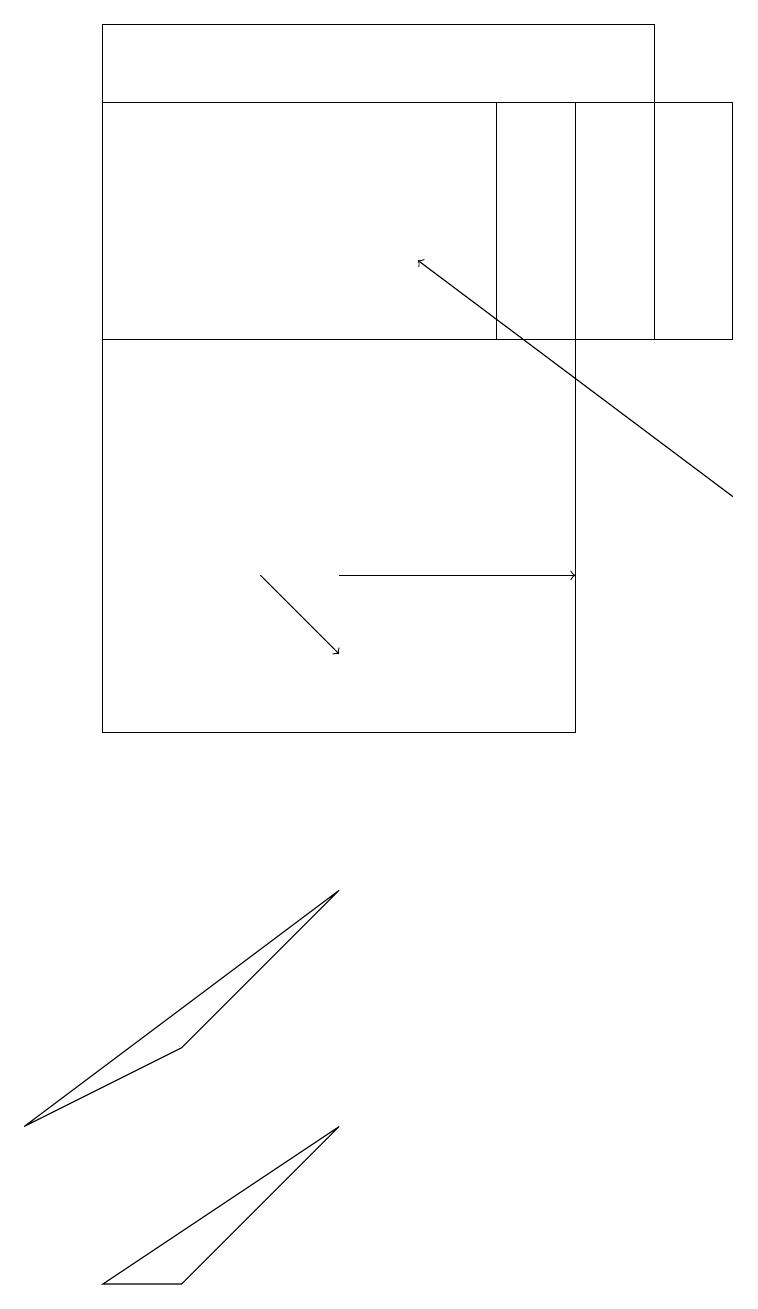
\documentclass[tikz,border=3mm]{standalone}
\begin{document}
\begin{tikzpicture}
\draw[->] (4,12) -- (7,12);
\draw[->] (3,12) -- (4,11);
\draw (4,5) -- (2,3) -- (1,3) -- cycle;
\draw[->] (9,13) -- (5,16);
\draw (1,15) rectangle (8,19);
\draw (9,15) rectangle (6,18);
\draw (7,18) rectangle (1,10);
\draw (0,5) -- (4,8) -- (2,6) -- cycle;
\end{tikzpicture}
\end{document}